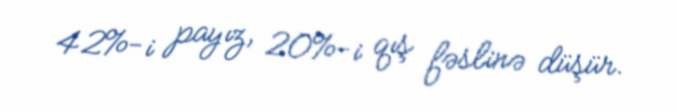
42%-i payız, 20%-i qış fəslinə düşür.